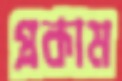
প্রকাম